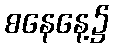
စနေနေ့၌